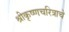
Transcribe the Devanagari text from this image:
श्रीकृष्णचरित्राचे